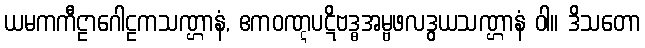
ယမကကီဠာဂေါဠကသဏ္ဌာနံ, ဧကဝဏ္ဋပဋိဗဒ္ဓအမ္ဗဖလဒွယသဏ္ဌာနံ ဝါ။ ဒိသတော